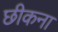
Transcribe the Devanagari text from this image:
छीकना